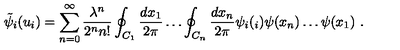
\tilde { \psi } _ { i } ( u _ { i } ) = \sum _ { n = 0 } ^ { \infty } \frac { \lambda ^ { n } } { 2 ^ { n } n ! } \oint _ { C _ { 1 } } \frac { d x _ { 1 } } { 2 \pi } \dots \oint _ { C _ { n } } \frac { d x _ { n } } { 2 \pi } \psi _ { i } ( _ { i } ) \psi ( x _ { n } ) \dots \psi ( x _ { 1 } ) \ .